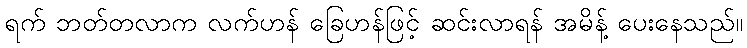
ရက် ဘတ်တလာက လက်ဟန် ခြေဟန်ဖြင့် ဆင်းလာရန် အမိန့် ပေးနေသည်။